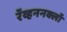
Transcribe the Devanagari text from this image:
रॅव्हननक्लॉ